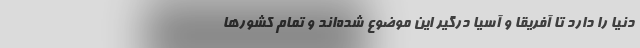
دنیا را دارد تا آفریقا و آسیا درگیر این موضوع شده‌اند و تمام کشورها